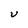
Character: U